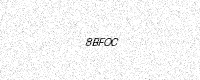
Text: 8BFOC